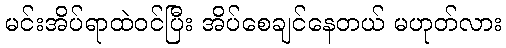
မင်းအိပ်ရာထဲဝင်ပြီး အိပ်စေချင်နေတယ် မဟုတ်လား